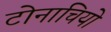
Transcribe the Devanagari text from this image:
टोनाचियो